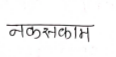
मजकूर: नकसकाम